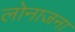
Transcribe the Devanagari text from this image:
लोनाजना